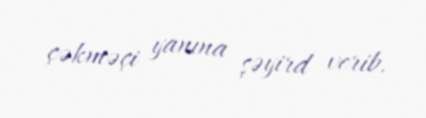
çəkməçi yanına şəyird verib.